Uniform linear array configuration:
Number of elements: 24
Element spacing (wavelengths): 0.25
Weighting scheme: blackman
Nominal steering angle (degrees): -15
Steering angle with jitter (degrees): -15.291
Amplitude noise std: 0.05
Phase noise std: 0.05

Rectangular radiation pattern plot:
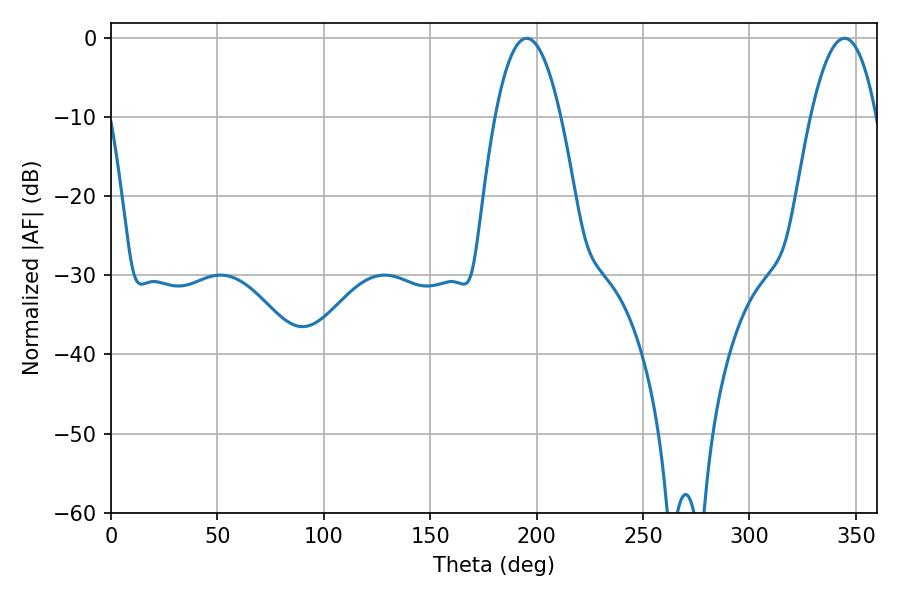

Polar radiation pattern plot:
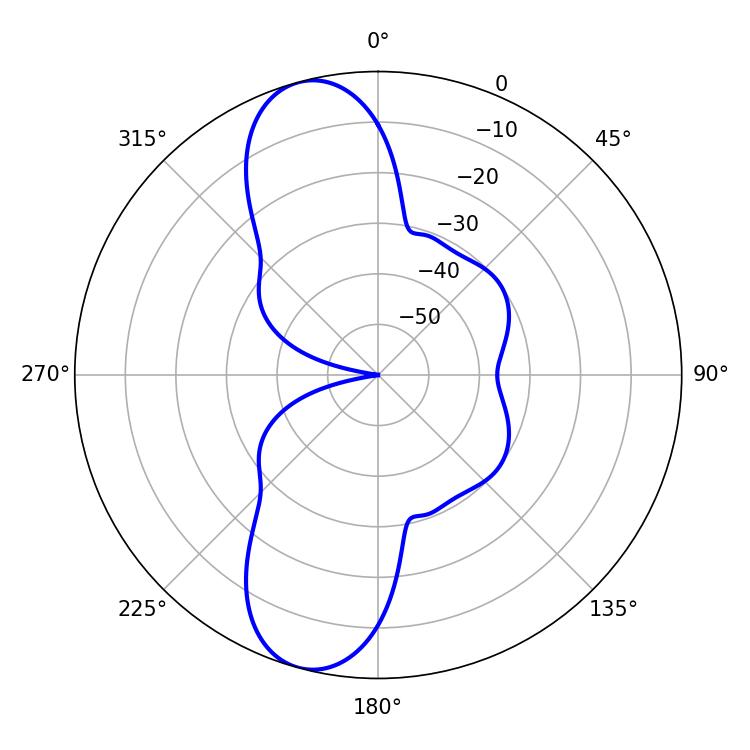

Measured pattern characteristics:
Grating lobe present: FALSE
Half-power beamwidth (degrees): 16.92
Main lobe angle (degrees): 195.3